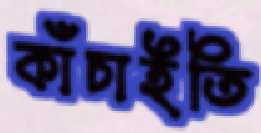
কাঁচাইতি